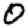
Digit: 0